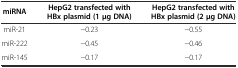
<table><thead><tr><td><b>miRNA</b></td><td><b>HepG2 transfected with HBx plasmid (1 μg DNA)</b></td><td><b>HepG2 transfected with HBx plasmid (2 μg DNA)</b></td></tr></thead><tbody><tr><td>miR-21</td><td>−0.23</td><td>−0.55</td></tr><tr><td>miR-222</td><td>−0.45</td><td>−0.46</td></tr><tr><td>miR-145</td><td>−0.17</td><td>−0.17</td></tr></tbody></table>